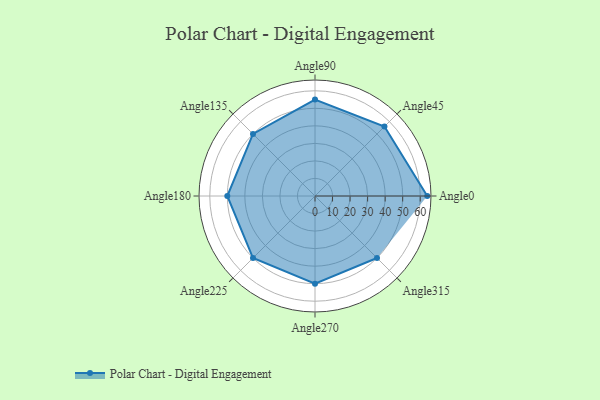
{"axis": {"x": "Angle", "y": "Radius"}, "legend": [""], "data": [{"x": "Angle0", "y": 64.0, "type": ""}, {"x": "Angle45", "y": 56.0, "type": ""}, {"x": "Angle90", "y": 55.0, "type": ""}, {"x": "Angle135", "y": 50.0, "type": ""}, {"x": "Angle180", "y": 50, "type": ""}, {"x": "Angle225", "y": 50, "type": ""}, {"x": "Angle270", "y": 50, "type": ""}, {"x": "Angle315", "y": 50, "type": ""}]}